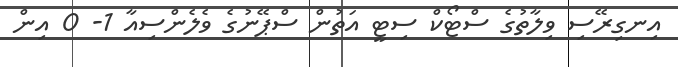
އިނގިރޭސި ވިލާތުގެ ސްޓޯކް ސިޓީ އަތުން ސްޕޭނުގެ ވެލެންސިއާ 1- 0 އިން